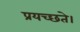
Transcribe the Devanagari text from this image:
प्रयच्छते।